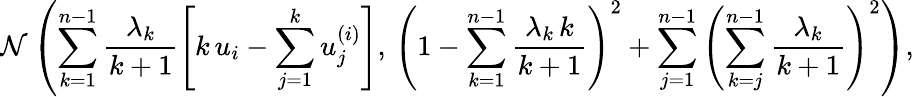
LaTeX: \mathcal{N}\left(\sum_{k=1}^{n-1}\frac{\lambda_{k}}{k+1}\left[k\, u_{i}-\sum_{j=1}^{k}u_{j}^{(i)}\right],\, \left(1-\sum_{k=1}^{n-1}\frac{\lambda_{k}\, k}{k+1}\right)^{2}+\sum_{j=1}^{n-1}\left(\sum_{k=j}^{n-1}\frac{\lambda_{k}}{k+1}\right)^{2}\right),